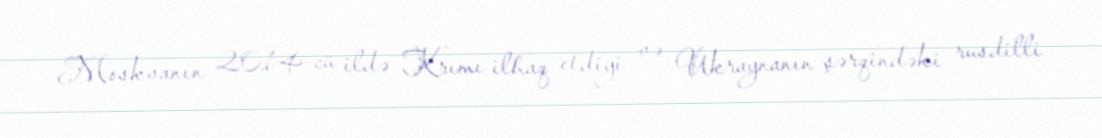
Moskvanın 2014-cü ildə Krımı ilhaq etdiyi və Ukraynanın şərqindəki rusdilli